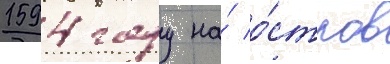
1594 году на́ о́стров